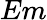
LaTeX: Em